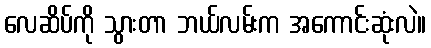
လေဆိပ်ကို သွားတာ ဘယ်လမ်းက အကောင်းဆုံးလဲ။